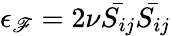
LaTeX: \epsilon_{\mathscr{F}}=2\nu{\bar{{S_{ij}}}}{\bar{{S_{ij}}}}